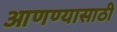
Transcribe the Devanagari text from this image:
आणण्‍यासाठी